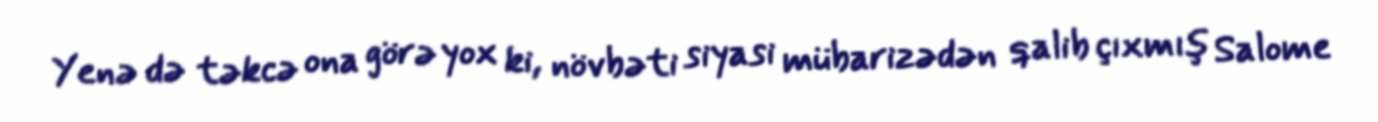
Yenə də təkcə ona görə yox ki, növbəti siyasi mübarizədən qalib çıxmış Salome